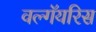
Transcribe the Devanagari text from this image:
वल्गॅयरिस